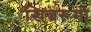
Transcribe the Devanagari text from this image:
खिज्ररूमी